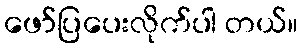
ဖော်ပြပေးလိုက်ပါ တယ်။